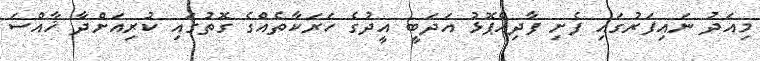
މިއަދު ނައިފަރުގައި ފެށި ފާދިއްޕޮޅު އަދަބީ އީދުގެ ހަރަކާތެއްގެ ގޮތުގައި ކުރިއަށްދާ ޚާއްސަ